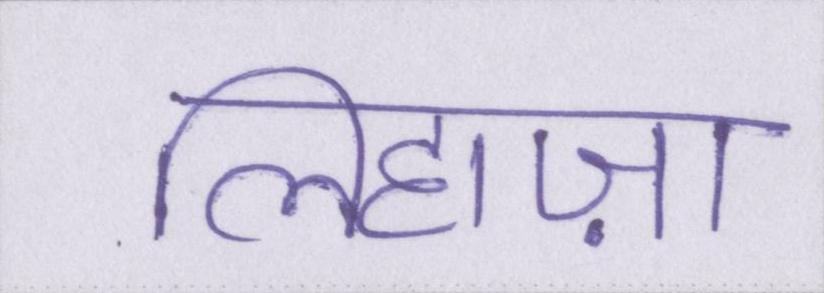
लिहाज़ा